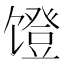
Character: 𬳒